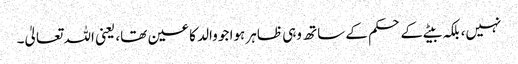
نہیں، بلکہ بیٹے کے حکم کے ساتھ وہی ظاہر ہوا جو والد کا عین تھا، یعنی اللہ تعالیٰ۔